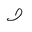
Letter: _waw